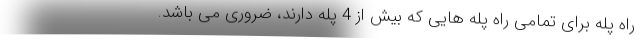
راه پله برای تمامی راه پله هایی که بیش از 4 پله دارند، ضروری می باشد.